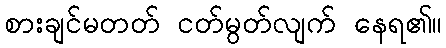
စားချင်မတတ် ငတ်မွတ်လျက် နေရ၏။